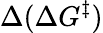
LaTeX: \Delta(\Delta G^{\ddagger})